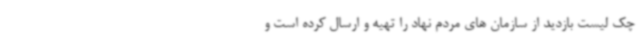
چک لیست بازدید از سازمان های مردم نهاد را تهیه و ارسال کرده است و